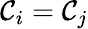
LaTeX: \mathcal{C}_{i}=\mathcal{C}_{j}